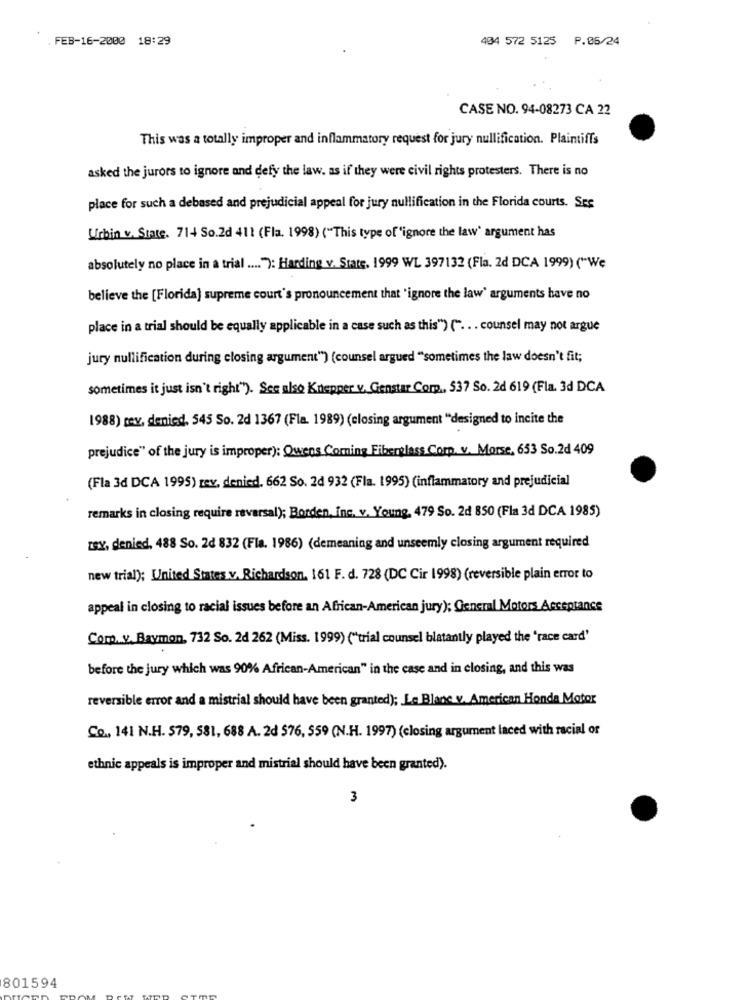
. FEB-16-2000 18:29
404 572 5125 P.05/24
CASE NO. 94-08273 CA 22
This was a totally improper and inflammatory request for jury nullification. Plaintiffs
asked the jurors to ignore and defy the law. as if they were civil rights protesters. There is no
place for such a debased and prejudicial appeal for jury nullification in the Florida courts. Ses
Urbin v. State. 714 So.2d 411 (Fla. 1998) ("This type of 'ignore the law" argument has
absolutely no place in a trial .... "7: Harding v. State, 1999 WL 397132 (Fla. 2d DCA 1999) ("We
believe the [Florida] supreme court's pronouncement that " ignore the law' arguments have no
place in a trial should be equally applicable in a case such as this") (" ... counsel may not argue
jury nullification during closing argument") (counsel argued "sometimes the law doesn't fit;
sometimes it just isn't right"). See also Knepper v. Genstar Com, 537 So. 2d 619 (Fla. 3d DCA
1988) rev, denied. 545 So. 2d 1367 (Fla. 1989) (closing argument "designed to incite the
prejudice" of the jury is improper): Owens Corning Fiberglass Corp. v. Morse, 653 So.2d 409
(Fla 3d DCA 1995) rev. denied. 662 So. 2d 932 (Fla. 1995) (inflammatory and prejudicial
remarks in closing require reversal); Borden, Inc. v. Young. 479 So. 2d 850 (Fla 3d DCA 1985)
zey, denied, 488 So. 2d 832 (Fla. 1986) (demeaning and unseemly closing argument required
new trial); United States v. Richardson, 161 F. d. 728 (DC Cir 1998) (reversible plain error to
appeal in closing to racial issues before an African-American jury); General Motors Acceptance
Com. y. Baymon, 732 So. 2d 262 (Miss. 1999) ("trial counsel blatantly played the 'race card'
before the jury which was 90% African-American" in the case and in closing, and this was
reversible error and a mistrial should have been granted); Le Blane v. American Honda Motor
Co ., 141 N.H. 579, 581, 688 A. 2d 576, 559 (N.H. 1997) (closing argument laced with racial or
ethnic appeals is improper and mistrial should have been granted).
3
801594